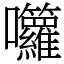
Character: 囖